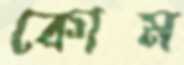
কোম